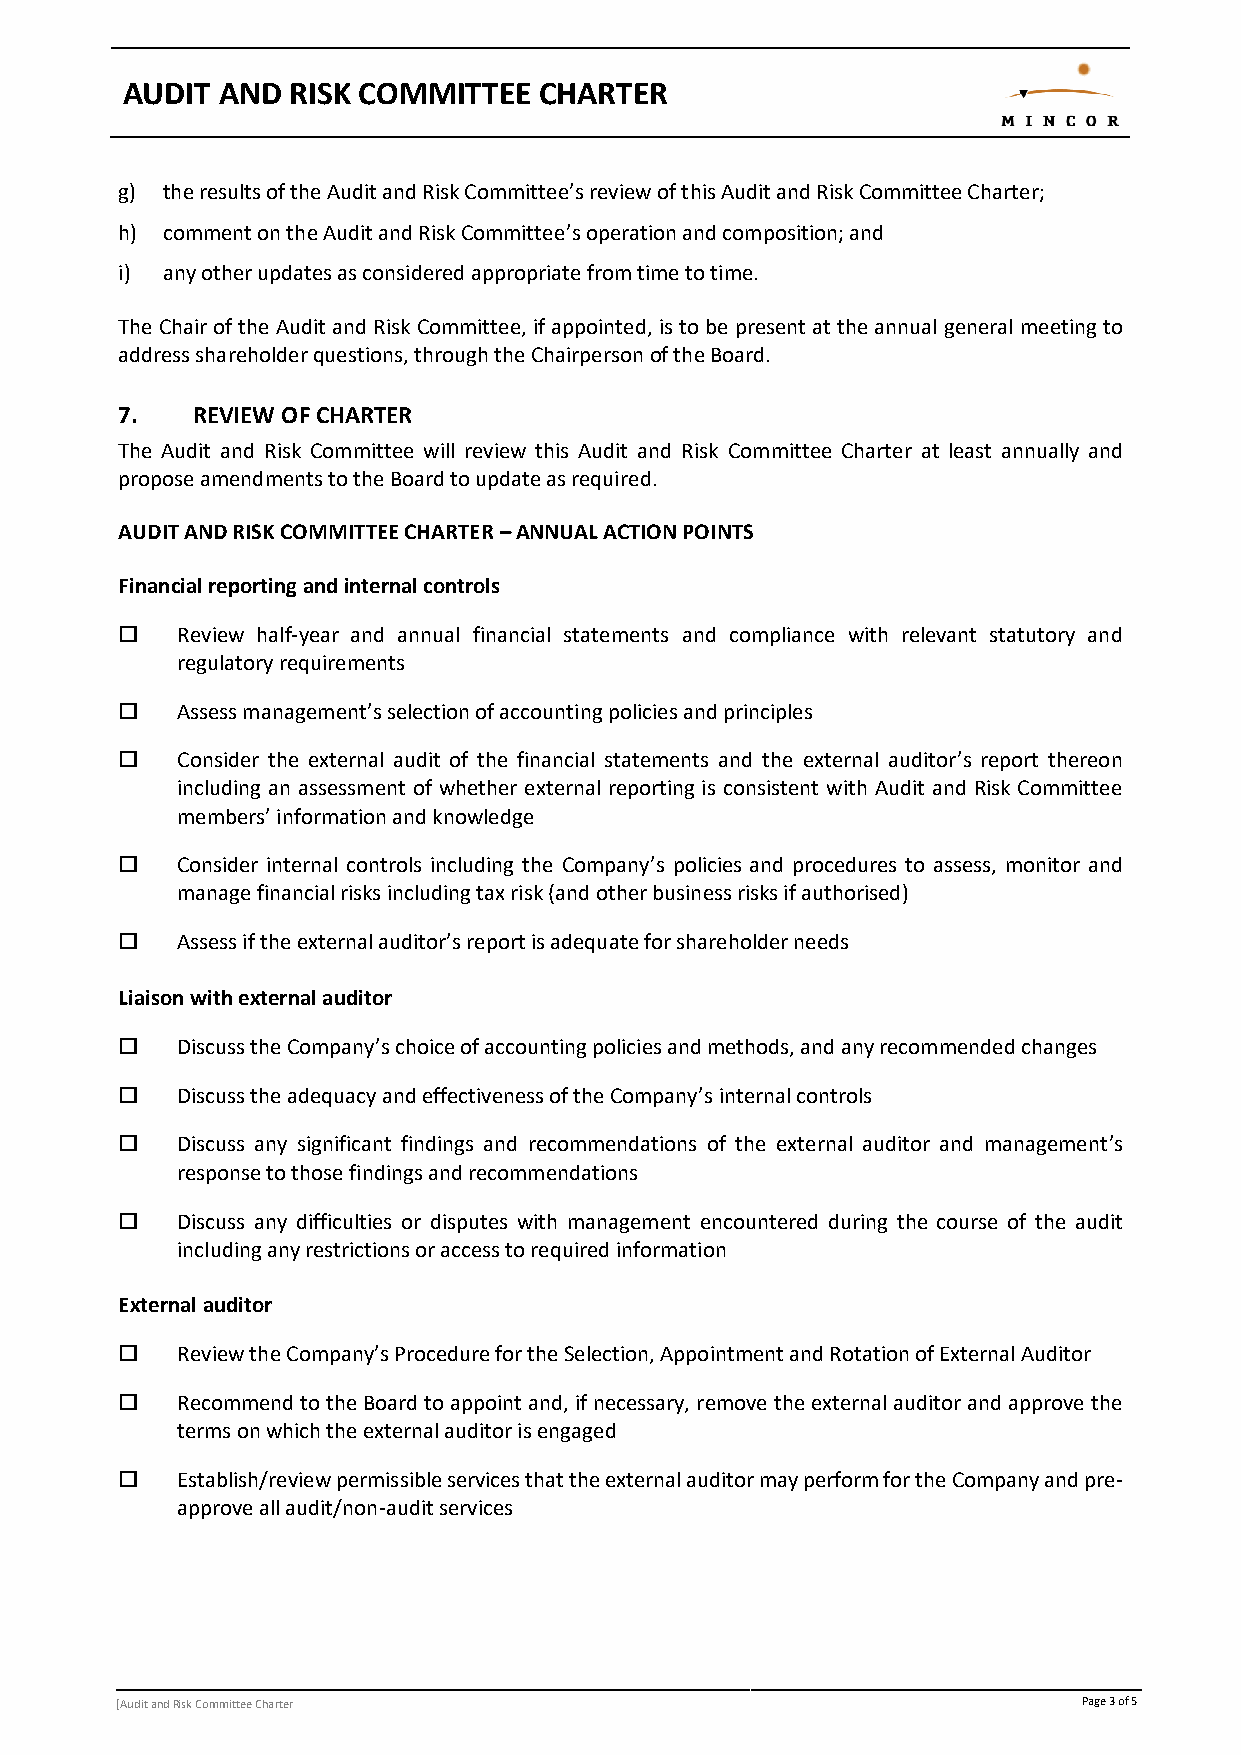
AUDIT  AND RISK COMMITTEE   CHARTER
 g) the results of the Audit and Risk Committee’s review of this Audit and Risk Committee Charter;
 h) comment on the Audit and Risk Committee’s operation and composition; and
 i) any other updates as considered appropriate from time to time.
 The Chair of the Audit and Risk Committee, if appointed, is to be present at the annual general meeting to
 address shareholder questions, through the Chairperson of the Board.
 7.   REVIEW OF CHARTER
 The Audit and Risk Committee will review this Audit and Risk Committee Charter at least annually and
 propose amendments to the Board to update as required.
 AUDIT AND RISK COMMITTEE CHARTER – ANNUAL ACTION POINTS
 Financial reporting and internal controls
    Review half-year and annual financial statements and compliance with relevant statutory and
 regulatory requirements
    Assess management’s selection of accounting policies and principles
    Consider the external audit of the financial statements and the external auditor’s report thereon
 including an assessment of whether external reporting is consistent with Audit and Risk Committee
 members’ information and knowledge
    Consider internal controls including the Company’s policies and procedures to assess, monitor and
 manage financial risks including tax risk (and other business risks if authorised)
    Assess if the external auditor’s report is adequate for shareholder needs
 Liaison with external auditor
    Discuss the Company’s choice of accounting policies and methods, and any recommended changes
    Discuss the adequacy and effectiveness of the Company’s internal controls
    Discuss any significant findings and recommendations of the external auditor and management’s
 response to those findings and recommendations
    Discuss any difficulties or disputes with management encountered during the course of the audit
 including any restrictions or access to required information
 External auditor
    Review the Company’s Procedure for the Selection, Appointment and Rotation of External Auditor
    Recommend to the Board to appoint and, if necessary, remove the external auditor and approve the
 terms on which the external auditor is engaged
    Establish/review permissible services that the external auditor may perform for the Company and pre-
 approve all audit/non-audit services
 [Audit and Risk Committee Charter                               Page 3 of 5